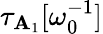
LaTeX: \tau_{\mathbf{A}_{1}}[\omega_{0}^{-1}]